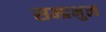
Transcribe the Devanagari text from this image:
सम्प्रभुत्व